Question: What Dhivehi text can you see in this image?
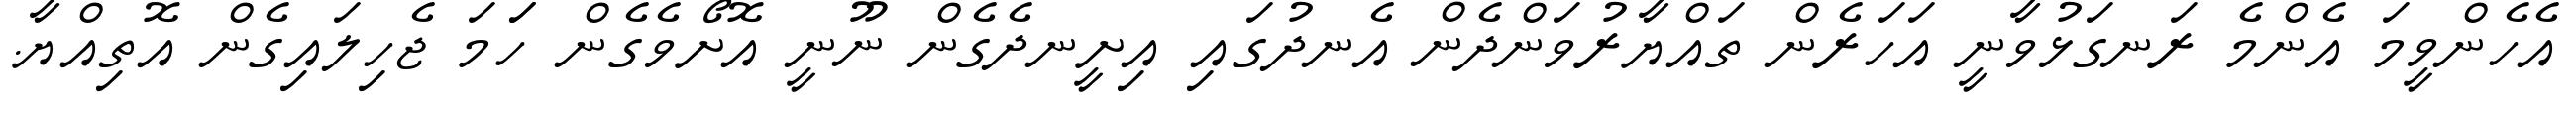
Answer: އެހެންވީމަ އެންމެ ރަނގަޅުވާނީ އަހަރެން ތައްޔާރުވަންދެން އެނދުގައި އިށީނދެގެން ނޫނީ އޮށޯވެގެން ހަަމަ ޖެހިލައިގެން އޮތިއްޔާ.